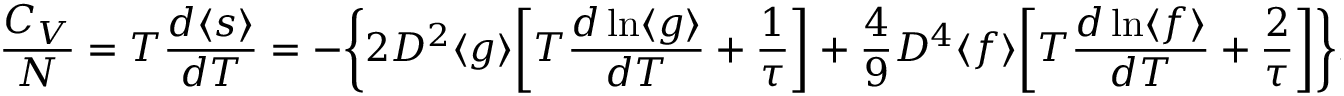
\begin{array} { c c c } { \displaystyle { \frac { C _ { V } } { N } = T \frac { d \langle s \rangle } { d T } = - \bigg \{ 2 D ^ { 2 } \langle g \rangle \bigg [ T \frac { d \ln \langle g \rangle } { d T } + \frac { 1 } { \tau } \bigg ] + \frac { 4 } { 9 } D ^ { 4 } \langle f \rangle \bigg [ T \frac { d \ln \langle f \rangle } { d T } + \frac { 2 } { \tau } \bigg ] \bigg \} . } } \end{array}